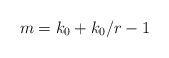
\begin{align*}m = k_0 + k_0/r-1\end{align*}